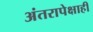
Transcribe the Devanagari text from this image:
अंतरापेक्षाही